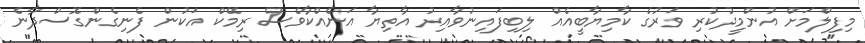
މިފިލްމަށް އުންމީދުކުރި ވަރުގެ ކާމިޔާބީއެއް ލިބިފައިނުވާއިރު އާތިޔާ އަނެއްކާވެސް ރިމޭކް އަކުން ފެނިގެންގޮސްދާނެ